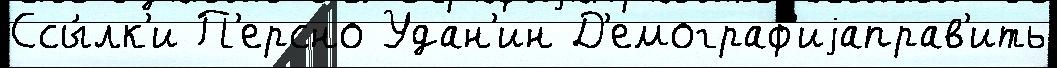
Ссы́лк'и П'ерсно Удан'ин Д'емограф'иjаправ'ить